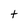
Character: t